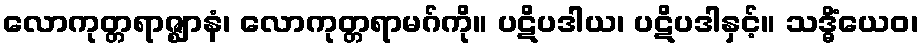
လောကုတ္တရာဇ္ဈာနံ၊ လောကုတ္တရာမဂ်ကို။ ပဋိပဒါယ၊ ပဋိပဒါနှင့်။ သဒ္ဓိံယေဝ၊